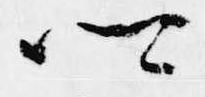
卿